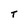
Character: T